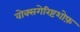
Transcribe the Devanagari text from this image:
वोक्सगेरिष्टशोफ़